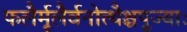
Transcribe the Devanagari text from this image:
फलैर्मूलैर्वनोत्थैश्चपूज्याः